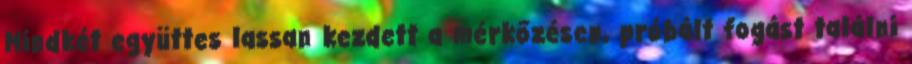
Mindkét együttes lassan kezdett a mérkőzésen, próbált fogást találni